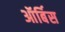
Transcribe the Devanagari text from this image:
ऑर्बिस